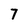
Character: 7